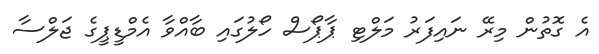
އެ ގޮތުން މިރޭ ނައިފަރު މަލްޓި ޕާޕޯސް ހޯލުގައި ބާއްވާ އެމްޑީޕީގެ ޖަލްސާ